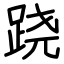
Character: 跷